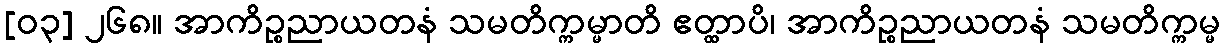
[၀၃] ၂၆၈။ အာကိဉ္စညာယတနံ သမတိက္ကမ္မာတိ ဧတ္ထာပိ၊ အာကိဉ္စညာယတနံ သမတိက္ကမ္မ